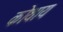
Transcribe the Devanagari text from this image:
कोथाय